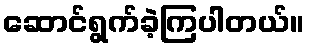
ဆောင်ရွက်ခဲ့ကြပါတယ်။